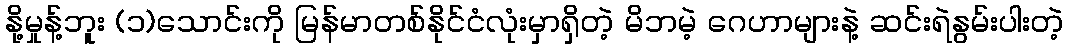
နို့မှုန့်ဘူး (၁)သောင်းကို မြန်မာတစ်နိုင်ငံလုံးမှာရှိတဲ့ မိဘမဲ့ ဂေဟာများနဲ့ ဆင်းရဲနွမ်းပါးတဲ့